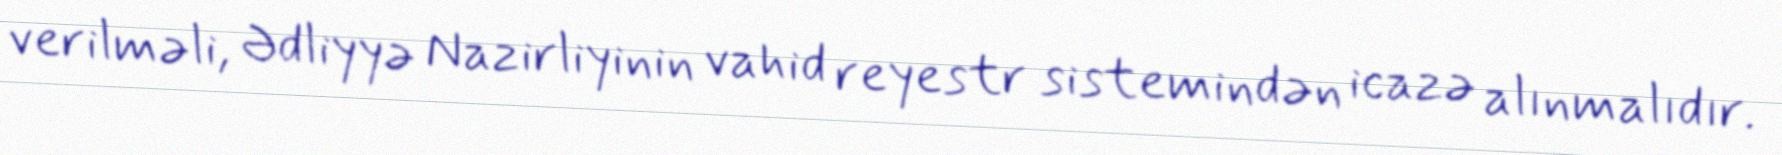
verilməli, Ədliyyə Nazirliyinin vahid reyestr sistemindən icazə alınmalıdır.